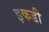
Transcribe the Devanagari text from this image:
इकडी